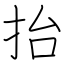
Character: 抬